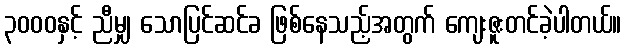
၃၀၀၀နှင့် ညီမျှ သောပြင်ဆင်ခ ဖြစ်နေသည့်အတွက် ကျေးဇူးတင်ခဲ့ပါတယ်။